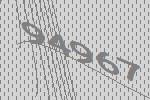
94967